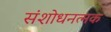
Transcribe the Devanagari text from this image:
संशोधनत्मक